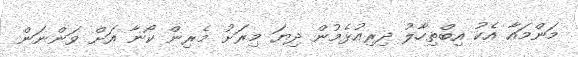
މަންމައާ އެކު އިބްތިހާލު ދިރިއުޅެމުން ދިޔަ މިރަށު މެރިން ކޯނާ އަށް ވަންނަން